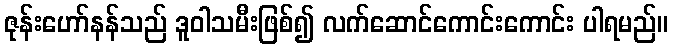
ဇုန်းဟော်နန်သည် ဒူဝါသမီးဖြစ်၍ လက်ဆောင်ကောင်းကောင်း ပါရမည်။